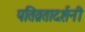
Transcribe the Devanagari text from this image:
पतिव्रतादर्शनी